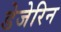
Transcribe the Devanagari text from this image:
डेजेरिन